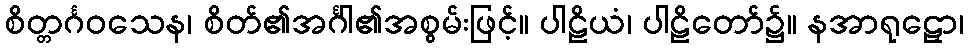
စိတ္တင်္ဂဝသေန၊ စိတ်၏အင်္ဂါ၏အစွမ်းဖြင့်။ ပါဠိယံ၊ ပါဠိတော်၌။ နအာရုဠှော၊